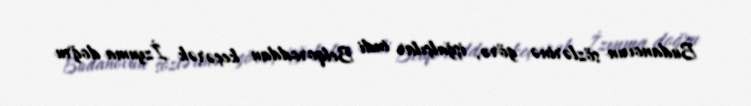
Budanovun sözlərinə görə, işğalçılar indi Belqoroddan keçərək İzyuma doğru